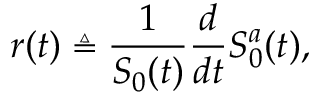
r ( t ) \triangleq { \frac { 1 } { S _ { 0 } ( t ) } } { \frac { d } { d t } } S _ { 0 } ^ { a } ( t ) ,